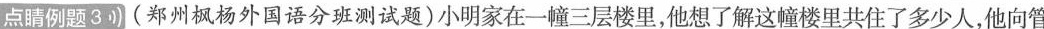
点睛例题3(郑州枫杨外国语分班测试题)小明家在一幢三层楼里，他想了解这幢楼里共住了多少人，他向管